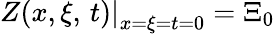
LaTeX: \left.Z(x,\xi,\, t)\right|_{x=\xi=t=0}=\Xi_{0}